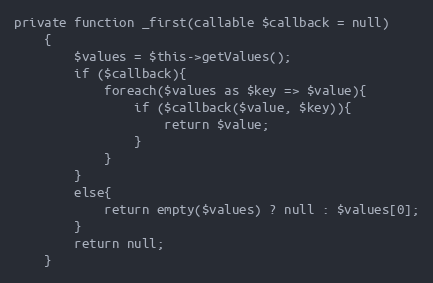
Language: PHP
private function _first(callable $callback = null)
    {
        $values = $this->getValues();
        if ($callback){
            foreach($values as $key => $value){
                if ($callback($value, $key)){
                    return $value;
                }
            }
        }
        else{
            return empty($values) ? null : $values[0];
        }
        return null;
    }